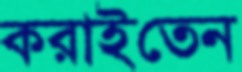
করাইতেন